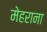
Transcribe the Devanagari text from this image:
मेहराना